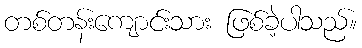
တစ်တန်းကျောင်းသား ဖြစ်ခဲ့ပါသည်။